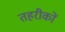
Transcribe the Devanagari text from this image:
तहरीकों